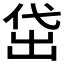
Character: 𬾚